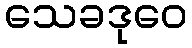
သေခဒုဝေ